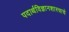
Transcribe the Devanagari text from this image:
पदार्थविज्ञानशास्त्राचे